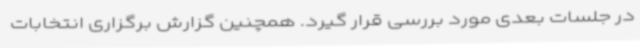
در جلسات بعدی مورد بررسی قرار گیرد. همچنین گزارش برگزاری انتخابات